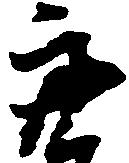
亮